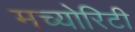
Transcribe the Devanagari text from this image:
मच्योरिटी